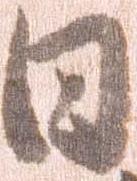
日